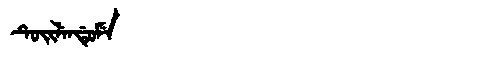
Manchu: ᡨᡠᡳᠯᡝᠨᡩᡠᠮᡝ
Romanization: TUILENDUME